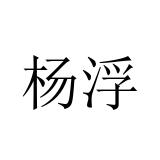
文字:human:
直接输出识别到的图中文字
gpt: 杨浮